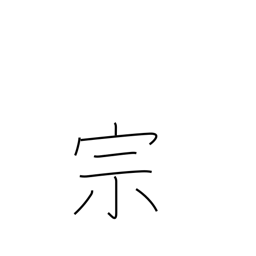
Meaning: sect